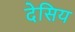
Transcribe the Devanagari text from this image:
देसिय